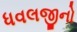
ધવલજીનો